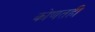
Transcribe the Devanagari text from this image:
कोणतही